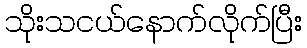
သိုးသငယ်နောက်လိုက်ပြီး